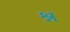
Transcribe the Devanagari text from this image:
श्न